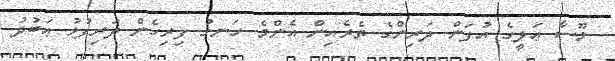
މޫސާ ޢަލީގެ އުފަން ދަރިންގެ ތެރެއިން އެންމެ ހަނގު ފިރިހެން ދަރިފުޅު ޢަބުދު